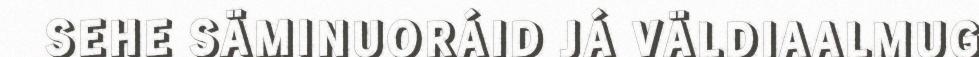
SEHE SÄMINUORÁID JÁ VÄLDIAALMUG